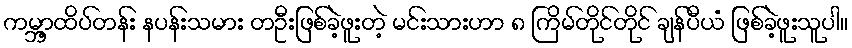
ကမ္ဘာ့ထိပ်တန်း နပန်းသမား တဦးဖြစ်ခဲ့ဖူးတဲ့ မင်းသားဟာ ၈ ကြိမ်တိုင်တိုင် ချန်ပီယံ ဖြစ်ခဲ့ဖူးသူပါ။